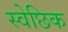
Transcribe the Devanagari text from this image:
स्वेछिक